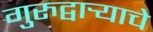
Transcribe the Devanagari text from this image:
गुरुद्वार्‍याचे